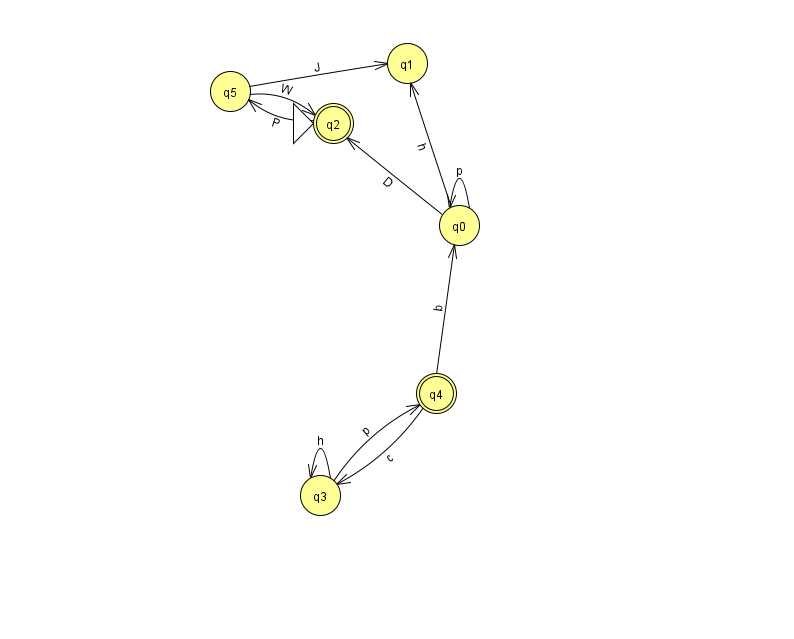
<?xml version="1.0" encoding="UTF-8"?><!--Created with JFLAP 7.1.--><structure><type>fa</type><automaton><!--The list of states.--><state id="0" name="q0"><x>459.0</x><y>212.0</y></state><state id="1" name="q1"><x>407.0</x><y>50.0</y></state><state id="2" name="q2"><x>333.0</x><y>110.0</y><initial/><final/></state><state id="3" name="q3"><x>320.0</x><y>482.0</y></state><state id="4" name="q4"><x>436.0</x><y>380.0</y><final/></state><state id="5" name="q5"><x>230.0</x><y>78.0</y></state><!--The list of transitions.--><transition><from>0</from><to>0</to><read>p</read></transition><transition><from>4</from><to>0</to><read>b</read></transition><transition><from>0</from><to>1</to><read>h</read></transition><transition><from>5</from><to>1</to><read>J</read></transition><transition><from>0</from><to>2</to><read>D</read></transition><transition><from>3</from><to>3</to><read>h</read></transition><transition><from>3</from><to>4</to><read>p</read></transition><transition><from>4</from><to>3</to><read>c</read></transition><transition><from>5</from><to>2</to><read>W</read></transition><transition><from>2</from><to>5</to><read>P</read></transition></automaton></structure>